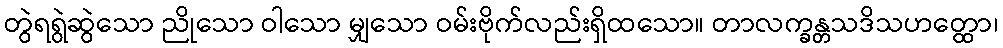
တွဲရရွဲဆွဲသော ညိုသော ဝါသော မျှသော ဝမ်းဗိုက်လည်းရှိထသော။ တာလက္ခန္တသဒိသဟတ္ထော၊